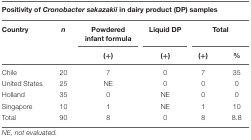
<table><thead><tr><td colspan="6"><b>Positivity of <i>Cronobacter sakazakii</i> in dairy product (DP) samples</b></td></tr><tr><td><b>Country</b></td><td><b><i>n</i></b></td><td><b>Powdered infant formula</b></td><td><b>Liquid DP</b></td><td colspan="2"><b>Total</b></td></tr><tr><td></td><td></td><td><b>(+)</b></td><td><b>(+)</b></td><td><b>(+)</b></td><td><b>%</b></td></tr></thead><tbody><tr><td>Chile</td><td>20</td><td>7</td><td>0</td><td>7</td><td>35</td></tr><tr><td>United States</td><td>25</td><td>NE</td><td>0</td><td>0</td><td>0</td></tr><tr><td>Holland</td><td>35</td><td>0</td><td>NE</td><td>0</td><td>0</td></tr><tr><td>Singapore</td><td>10</td><td>1</td><td>NE</td><td>1</td><td>10</td></tr><tr><td>Total</td><td>90</td><td>8</td><td>0</td><td>8</td><td>8.8</td></tr></tbody></table>